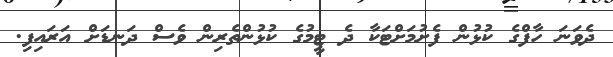
ދެވަނަ ހާފްގެ ކުޅުން ފެށުމަށްޓަކާ ދެ ޓީމުގެ ކުޅުންތެރިން ވެސް ދަނޑަށް އަރައިފި.